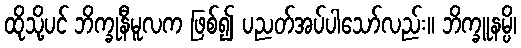
ထိုသို့ပင် ဘိက္ခုနီမူလက ဖြစ်၍ ပညတ်အပ်ပါသော်လည်း။ ဘိက္ခူနမ္ပိ၊